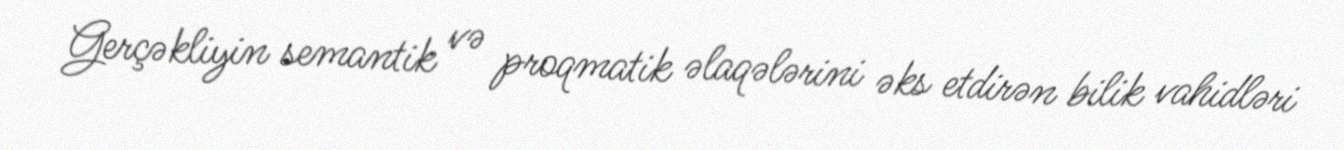
Gerçəkliyin semantik və proqmatik əlaqələrini əks etdirən bilik vahidləri